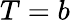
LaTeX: T=b